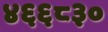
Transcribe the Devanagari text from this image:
४६६८३०